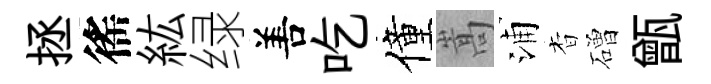
拯徭紘绿𠵊吃僮嵩浦杳磳甑